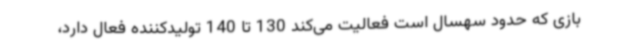
بازی که حدود سهسال است فعالیت می‌کند 130 تا 140 تولیدکننده فعال دارد،